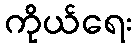
ကိုယ်ရေး